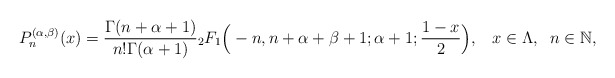
\begin{align*}P_n^{(\alpha,\beta)}(x)&=\frac{\Gamma(n+\alpha+1)}{n!\Gamma(\alpha+1)}{}_2F_1\Big(-n, n+\alpha+\beta+1;\alpha+1;\frac{1-x} 2\Big),\;\;\; x\in \Lambda, \;\; n\in {\mathbb N},\\\end{align*}